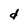
Character: d